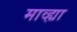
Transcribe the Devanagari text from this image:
माव्ह्या